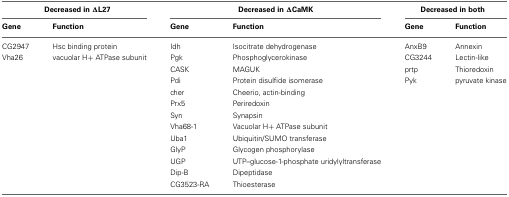
| <COLSPAN=2> Decreased in ΔL27 | <COLSPAN=2> Decreased in ΔCaMK | <COLSPAN=2> Decreased in both |
 | Gene | Function | Gene | Function | Gene | Function |
 | --- | --- | --- | --- | --- | --- |
 | CG2947 | Hsc binding protein | Idh | Isocitrate dehydrogenase | AnxB9 | Annexin |
 | Vha26 | vacuolar H+ ATPase subunit | Pgk | Phosphoglycerokinase | CG3244 | Lectin-like |
 |  |  | CASK | MAGUK | prtp | Thioredoxin |
 |  |  | Pdi | Protein disulfide isomerase | Pyk | pyruvate kinase |
 |  |  | cher | Cheerio, actin-binding |  |  |
 |  |  | Prx5 | Periredoxin |  |  |
 |  |  | Syn | Synapsin |  |  |
 |  |  | Vha68-1 | Vacuolar H+ ATPase subunit |  |  |
 |  |  | Uba1 | Ubiquitin/SUMO transferase |  |  |
 |  |  | GlyP | Glycogen phosphorylase |  |  |
 |  |  | UGP | UTP–glucose-1-phosphate uridylyltransferase |  |  |
 |  |  | Dip-B | Dipeptidase |  |  |
 |  |  | CG3523-RA | Thioesterase |  |  |